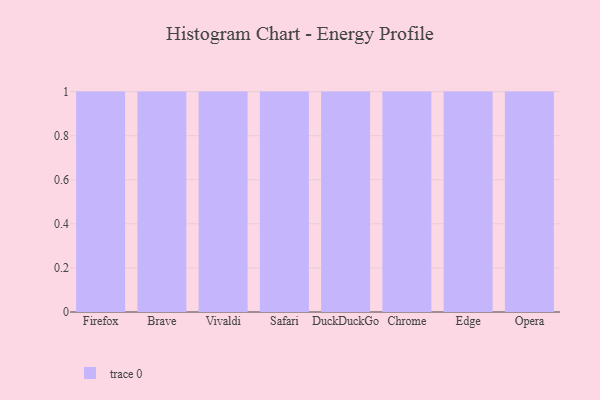
{"axis": {"x": "Browser", "y": "Demand Index"}, "legend": [""], "data": [{"x": "Firefox", "y": 94, "type": ""}, {"x": "Brave", "y": 69, "type": ""}, {"x": "Vivaldi", "y": 44, "type": ""}, {"x": "Safari", "y": 78, "type": ""}, {"x": "DuckDuckGo", "y": 27, "type": ""}, {"x": "Chrome", "y": 87, "type": ""}, {"x": "Edge", "y": 80, "type": ""}, {"x": "Opera", "y": 2, "type": ""}]}